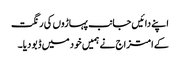
اپنے دائیں جانب پہاڑوں کی رنگت
کے امتزاج نے ہمیں خود میں ڈبو دیا۔